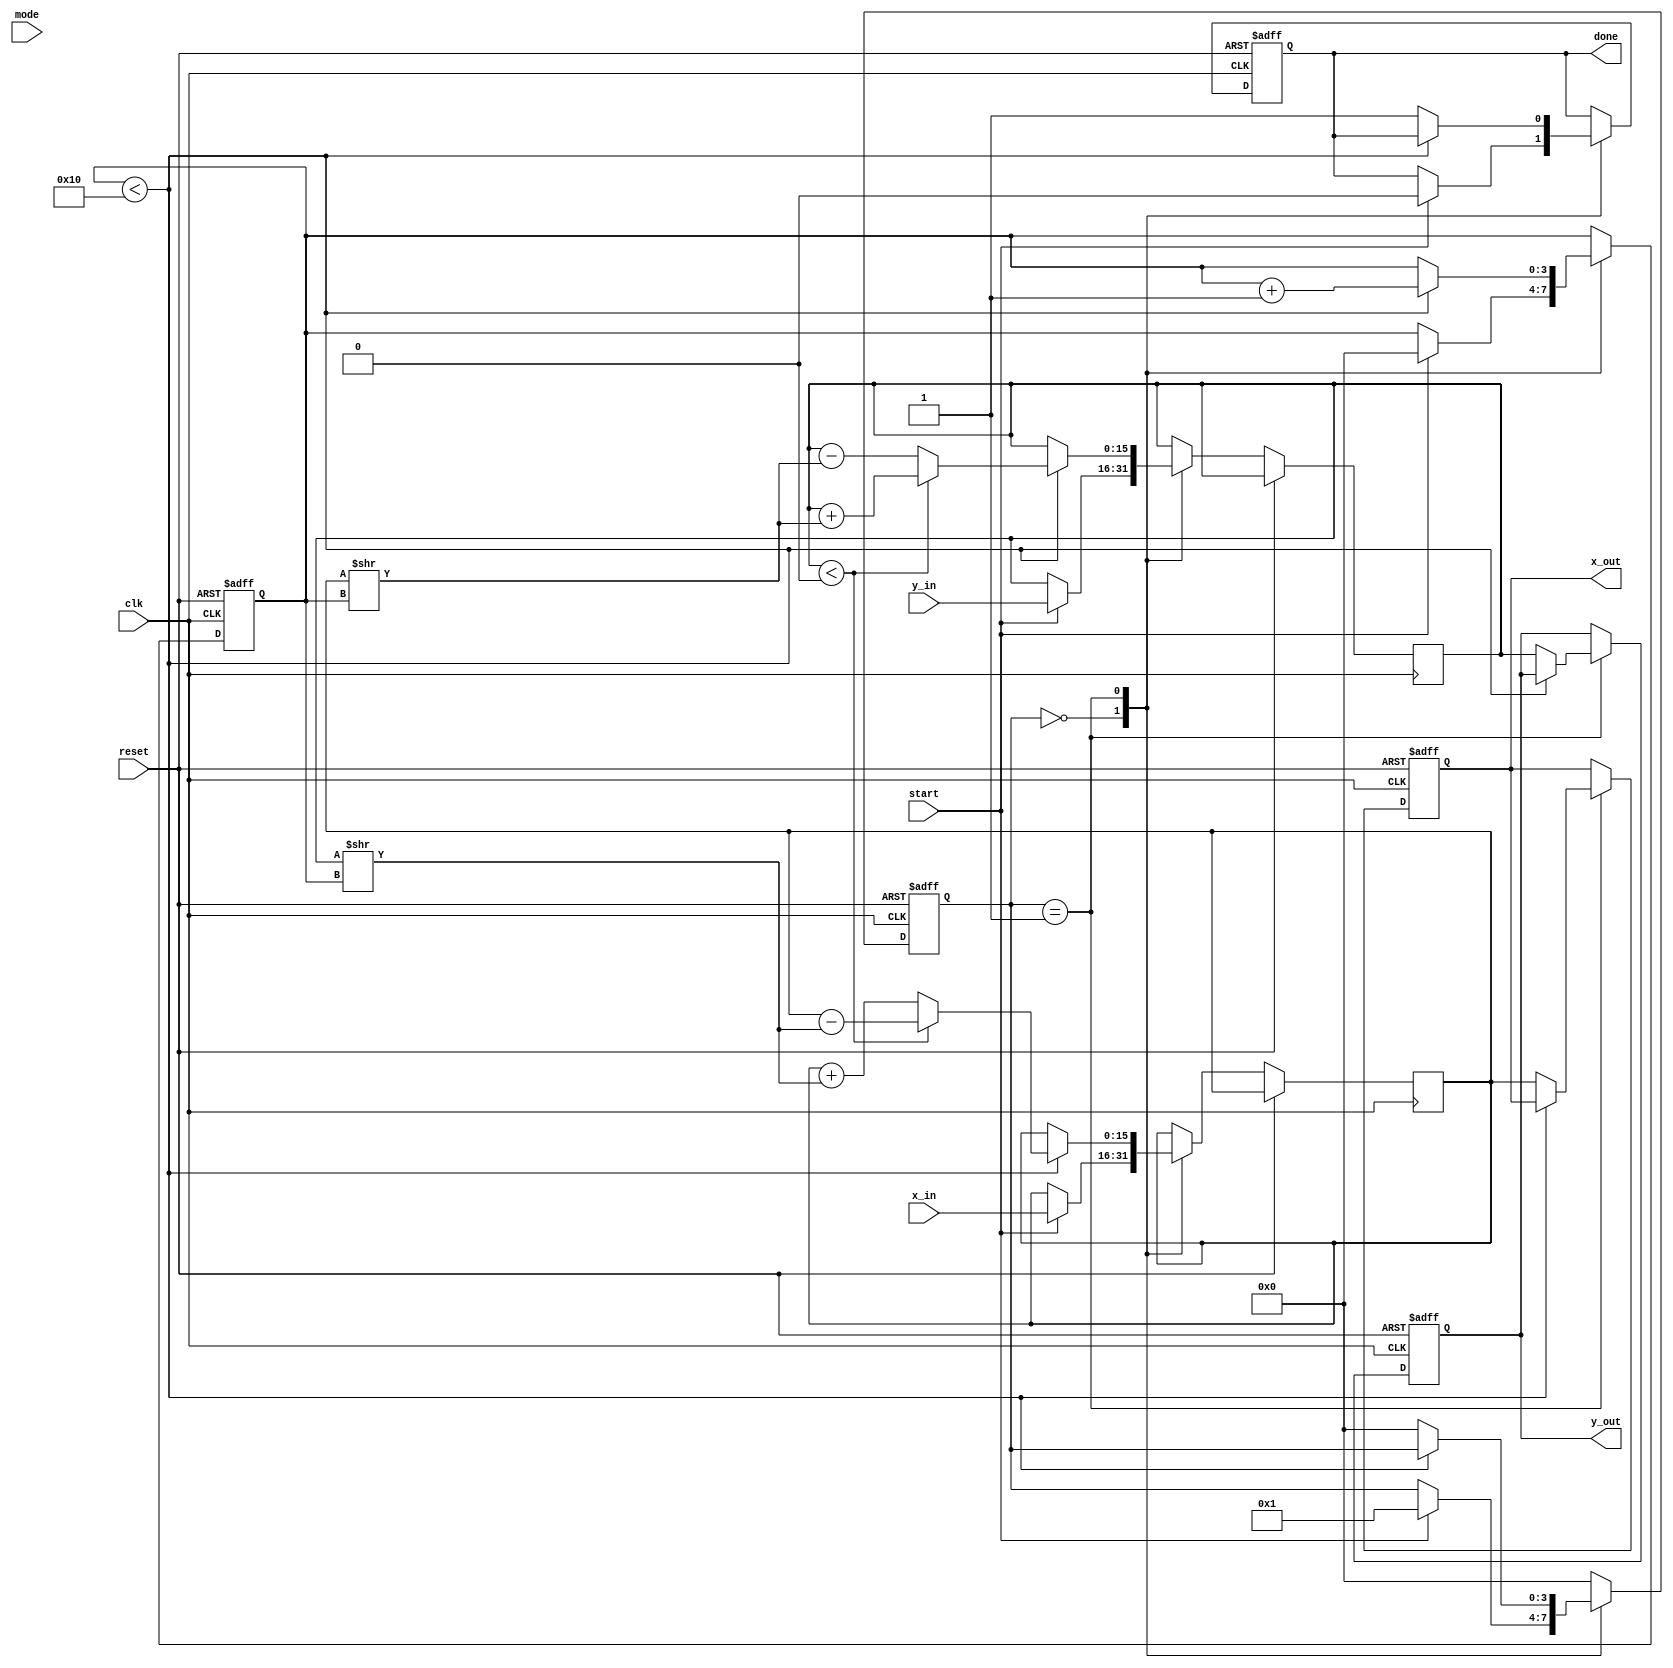
module Adaptive_CORDIC (
    input wire clk,
    input wire reset,
    input wire [15:0] x_in,    // Input x value
    input wire [15:0] y_in,    // Input y value
    input wire [1:0] mode,      // Operation mode: 00 - Sin/Cos, 01 - Magnitude/Phase, 10 - Logarithmic, 11 - Exponential
    input wire start,           // Start signal
    output reg [15:0] x_out,    // Output x value
    output reg [15:0] y_out,    // Output y value
    output reg done             // Done signal
);

    // Parameters
    parameter MAX_ITERATIONS = 16;
    parameter ANGLE_LUT_SIZE = 16;
    
    // Angle Look-Up Table for CORDIC
    reg [15:0] angle_lut [0:ANGLE_LUT_SIZE-1];
    initial begin
        angle_lut[0] = 16'h3243; // atan(1) in fixed-point
        angle_lut[1] = 16'h1DAC; // atan(0.5)
        angle_lut[2] = 16'h0F12; // atan(0.25)
        angle_lut[3] = 16'h07E4; // atan(0.125)
        // ... Populate according to your requirements
    end

    // State Definitions
    reg [3:0] state;
    reg [3:0] iteration_count;
    reg [15:0] x, y;
    reg [15:0] z; // Angle accumulator

    // FSM for CORDIC iterations
    always @(posedge clk or posedge reset) begin
        if (reset) begin
            state <= 0;
            iteration_count <= 0;
            done <= 0;
            x_out <= 0;
            y_out <= 0;
        end else begin
            case (state)
                0: begin
                    if (start) begin
                        // Initialize values
                        x <= x_in;
                        y <= y_in;
                        z <= 0; // Initialize angle
                        iteration_count <= 0;
                        done <= 0;
                        state <= 1; // Move to iteration state
                    end
                end
                1: begin
                    if (iteration_count < MAX_ITERATIONS) begin
                        // Perform CORDIC rotation
                        if (y < 0) begin
                            // Rotate clockwise
                            y <= y + (x >> iteration_count);
                            x <= x - (y >> iteration_count);
                            z <= z - angle_lut[iteration_count]; // Update angle
                        end else begin
                            // Rotate counter-clockwise
                            y <= y - (x >> iteration_count);
                            x <= x + (y >> iteration_count);
                            z <= z + angle_lut[iteration_count]; // Update angle
                        end
                        iteration_count <= iteration_count + 1;
                    end else begin
                        // Finish computation
                        x_out <= x;
                        y_out <= y;
                        done <= 1;
                        state <= 0; // Return to idle state
                    end
                end
                default: state <= 0; // Safety state
            endcase
        end
    end

endmodule